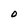
Character: O